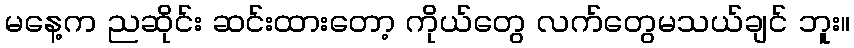
မနေ့က ညဆိုင်း ဆင်းထားတော့ ကိုယ်တွေ လက်တွေမသယ်ချင် ဘူး။